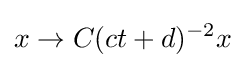
x\to C(ct+d)^{-2}x